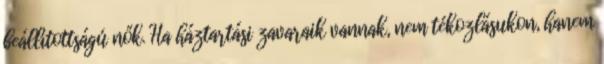
beállítottságú nők. Ha háztartási zavaraik vannak, nem tékozlásukon, hanem